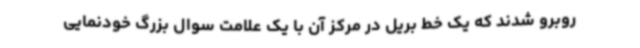
روبرو شدند که یک خط بریل در مرکز آن با یک علامت سوال بزرگ خودنمایی